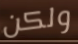
ولكن